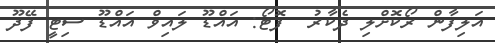
އަލިފާން ރޯކޮށްލި ދެކާރު  ފޮޓޯ: އައްޑޫ ލައިވް އައްޑޫ ސިޓީ ފޭދޫ